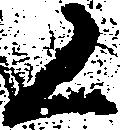
く